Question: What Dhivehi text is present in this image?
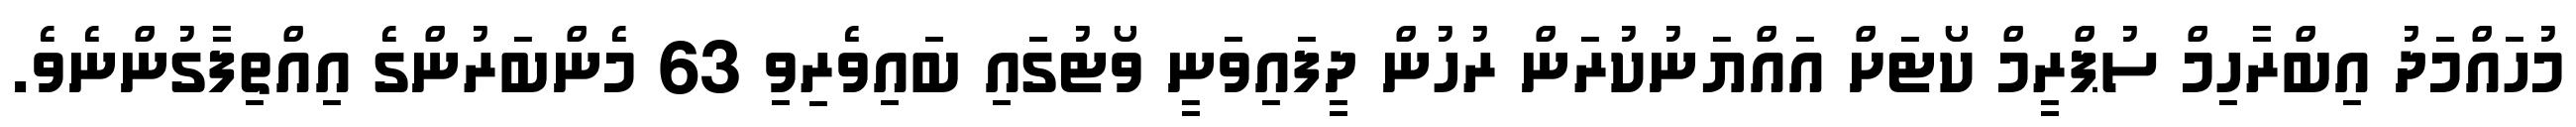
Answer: މުހައްމަދު އިބްރާހިމް ސުޕްރީމް ކޯޓަށް އައްޔަނުކުރަން ރުހުން ދީފައިވަނީ ވޯޓުގައި ބައިވެރިވި 63 މެންބަރުންގެ އިއްތިފާގުންނެވެ.